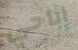
إباحي